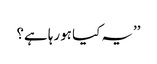
’’یہ کیا ہورہا ہے؟